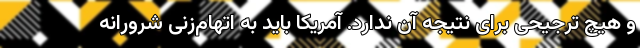
و هیچ ترجیحی برای نتیجه آن ندارد. آمریکا باید به اتهام‌زنی شرورانه